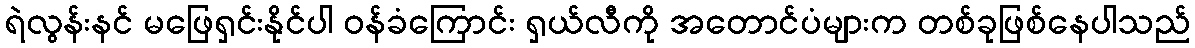
ရဲလွန်းနင် မဖြေရှင်းနိုင်ပါ ဝန်ခံကြောင်း ရှယ်လီကို အတောင်ပံများက တစ်ခုဖြစ်နေပါသည်